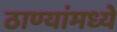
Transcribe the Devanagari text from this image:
ठाण्यांमध्ये